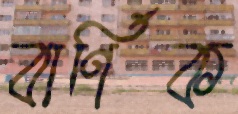
বার্ণিক